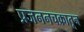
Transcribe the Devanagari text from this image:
प्रजननचक्रातून